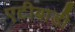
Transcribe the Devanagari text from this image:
एटीबाडी